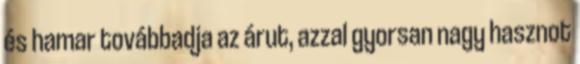
és hamar továbbadja az árut, azzal gyorsan nagy hasznot